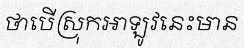
ថាបើស្រុកអាឡូវនេះមាន